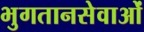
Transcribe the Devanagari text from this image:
भुगतानसेवाओं